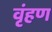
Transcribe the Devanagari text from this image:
वृंहण